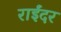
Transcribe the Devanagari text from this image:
राईंदर